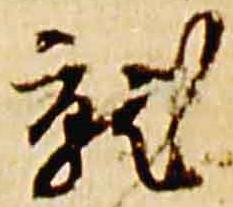
就